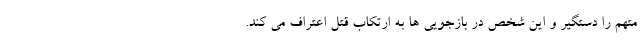
متهم را دستگیر و این شخص در بازجویی ها به ارتکاب قتل اعتراف می کند.